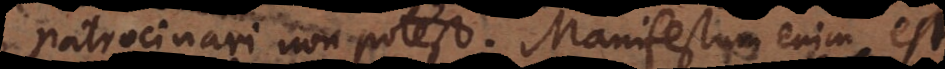
patrocinari non potest. Manifestum enim est